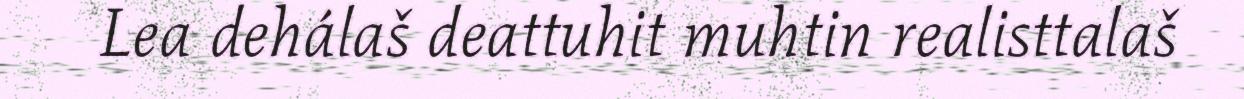
Lea dehálaš deattuhit muhtin realisttalaš